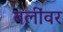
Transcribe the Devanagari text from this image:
बलींवर